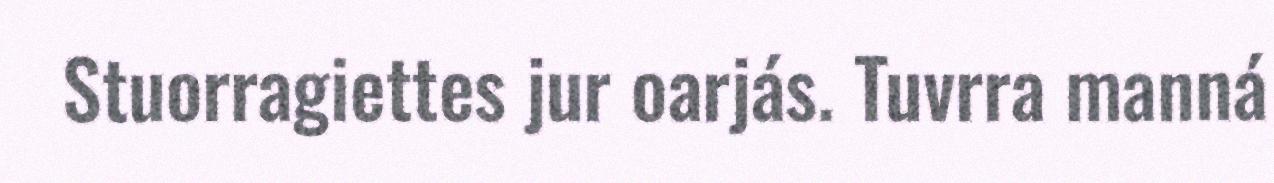
Stuorragiettes jur oarjás. Tuvrra manná